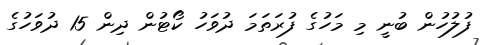
ފުލުހުން ބުނީ މި މަހުގެ ފުރަތަމަ ދުވަހު ކޯޓުން ދިން 15 ދުވަހުގެ